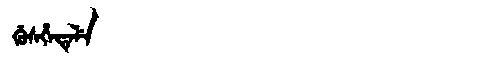
Manchu: ᡤᡠᠰᡥᡝᡨᡝᠯᡝ
Romanization: GUSHETELE